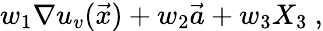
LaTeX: w_{1}\nabla u_{v}(\vec{x})+w_{2}\vec{a}+w_{3}X_{3}\ ,